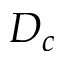
D _ { c }